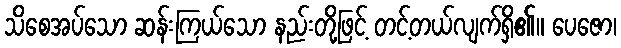
သိစေအပ်သော ဆန်းကြယ်သော နည်းတို့ဖြင့် တင့်တယ်လျက်ရှိ၏။ ပေဇော၊